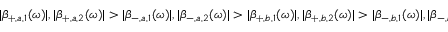
| \beta _ { + , a , 1 } ( \omega ) | , | \beta _ { + , a , 2 } ( \omega ) | > | \beta _ { - , a , 1 } ( \omega ) | , | \beta _ { - , a , 2 } ( \omega ) | > | \beta _ { + , b , 1 } ( \omega ) | , | \beta _ { + , b , 2 } ( \omega ) | > | \beta _ { - , b , 1 } ( \omega ) | , | \beta _ { - , b , 2 } ( \omega ) |